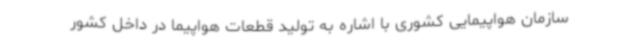
سازمان هواپیمایی کشوری با اشاره به تولید قطعات هواپیما در داخل کشور